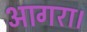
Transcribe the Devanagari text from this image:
आगरा।